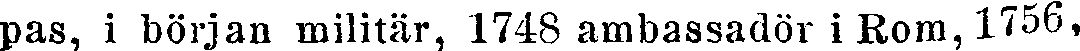
pas, i början militär, 1748 ambassadör i Rom, 1756,